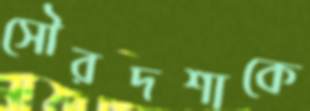
সৌরদশাকে